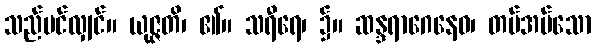
သည်ပင်လျှင်။ ယုဇ္ဇတိ၊ ၏။ သရီရေ၊ ၌။ ဆန္ဒရာဂေနေဝ၊ တပ်အပ်သော